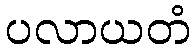
ပလာယတံ